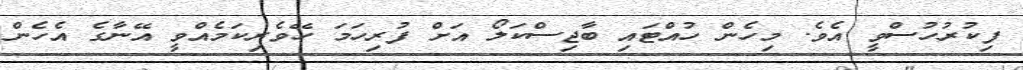
ފިކުރުހުުސްވީ އެވެ. މިހެން ހުއްޓައި ބާޖިސްކަލޯ އަށް ފުރިހަމަ ހޭވެރިކަމެއްވީ އޭނާގެ އެހެން